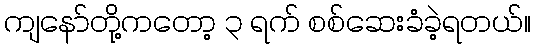
ကျနော်တို့ကတော့ ၃ ရက် စစ်ဆေးခံခဲ့ရတယ်။